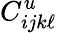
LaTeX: C_{ijk\ell}^{u}